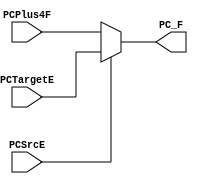
module  PC_MUX(
    input PCSrcE,  //SELECTOR
    input [31:0]PCTargetE,PCPlus4F,
    output reg[31:0] PC_F
);
always @(*) begin
    if (PCSrcE) begin
        PC_F=PCTargetE;
    end
    else
    begin
      PC_F=PCPlus4F;
    end
end

endmodule